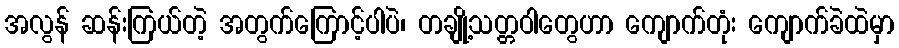
အလွန် ဆန်းကြယ်တဲ့ အတွက်ကြောင့်ပါပဲ၊ တချို့သတ္တဝါတွေဟာ ကျောက်တုံး ကျောက်ခဲထဲမှာ